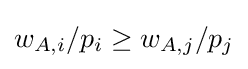
w_{A,i}/p_{i}\geq w_{A,j}/p_{j}